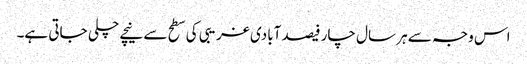
اس وجہ سے ہر سال چار فیصد آبادی غریبی کی سطح سے نیچے چلی جاتی ہے۔